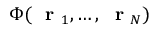
\Phi ( \mathrm { ~ \bf ~ r ~ } _ { 1 } , \dots , \mathrm { ~ \bf ~ r ~ } _ { N } )